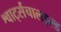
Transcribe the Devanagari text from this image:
श्वार्ट्सचालइल्ड